Annual administration report of the Civil Veterinary Department, Ajmere-Merwara, British Rajputana - 1914-1940
Year: 1914
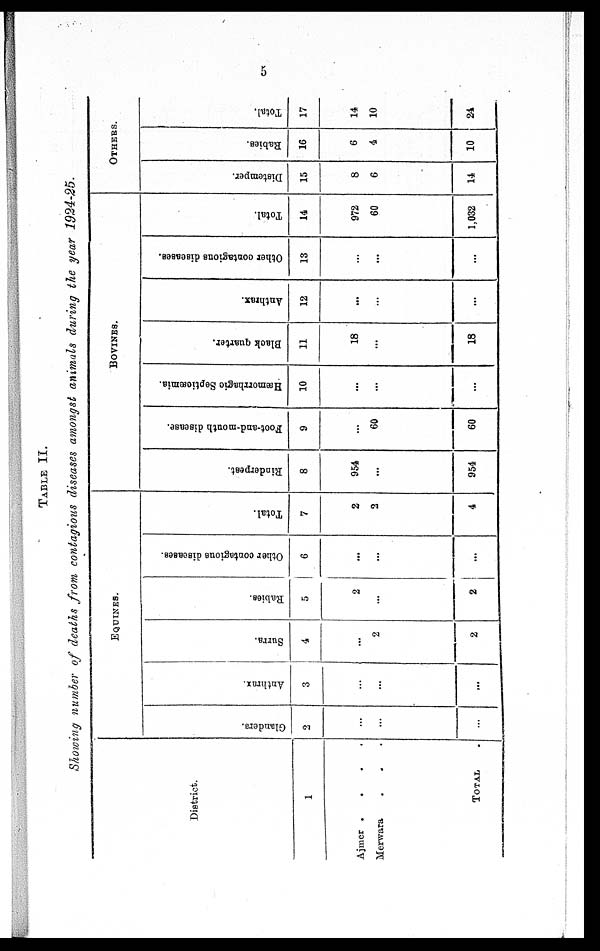
5
TABLE
II.
Showing number of deaths from contagious diseases amongst animals during the year
1924-25.
District.
1
Ajmer .
.
.
.
Merwara . . .
TOTAL
EQUINES.
Glanders.
2
...
...
...
Anthrax.
3
...
...
...
Surra.
4
...
2
2
Rabies.
5
2
...
2
Other contagious diseases.
6
...
...
...
Total.
7
2
2
4
BOVINES.
Rinderpest.
8
954
...
954
Foot-and-mouth disease.
9
...
60
60
Hæmorrhagic Septicæmia.
10
...
...
...
Black quarter.
11
18
...
18
Anthrax.
12
...
...
...
Other contagious diseases.
13
...
...
...
Total.
14
972
60
1,032
OTHERS.
Distemper.
15
8
6
14
Rabies.
16
6
4
10
Total.
17
14
10
24